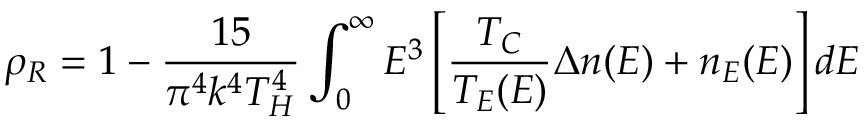
\rho _ { R } = 1 - \frac { 1 5 } { \pi ^ { 4 } k ^ { 4 } T _ { H } ^ { 4 } } \int _ { 0 } ^ { \infty } E ^ { 3 } \left[ \frac { T _ { C } } { T _ { E } ( E ) } \Delta n ( E ) + n _ { E } ( E ) \right] d E